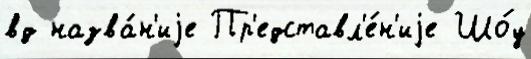
вд назва́н'иjе Пр'едставл'е́н'иjе Шо́у